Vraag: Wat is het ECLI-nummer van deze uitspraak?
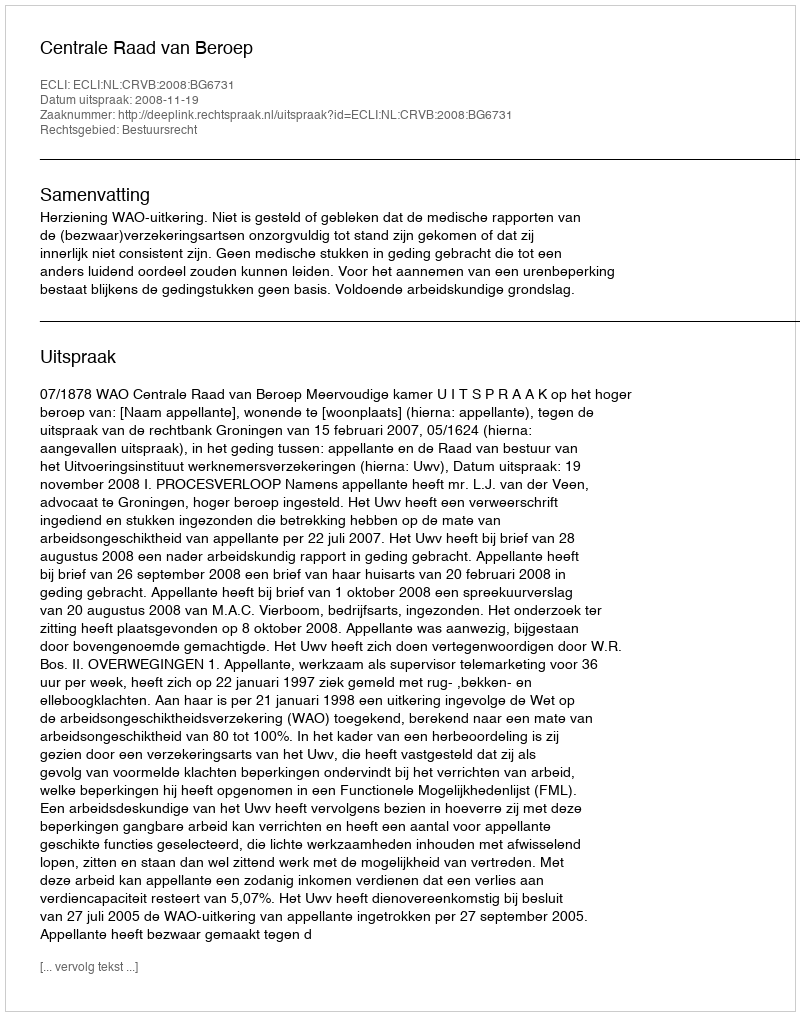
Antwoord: ECLI:NL:CRVB:2008:BG6731